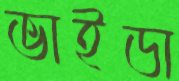
ভাইডা